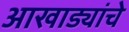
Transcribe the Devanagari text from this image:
आखाड्यांचे